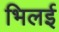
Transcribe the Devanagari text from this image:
भिलई